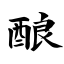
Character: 酿